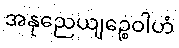
အနုညေယျဉ္စေဝါဟံ